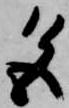
色